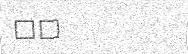
١١